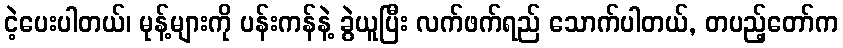
ငဲ့ပေးပါတယ်၊ မုန့်များကို ပန်းကန်နဲ့ ခွဲယူပြီး လက်ဖက်ရည် သောက်ပါတယ်, တပည့်တော်က